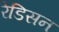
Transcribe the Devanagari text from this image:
रेडिसन